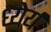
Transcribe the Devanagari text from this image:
ध्येर्य